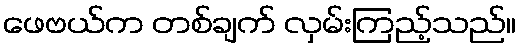
ဖေဗယ်က တစ်ချက် လှမ်းကြည့်သည်။